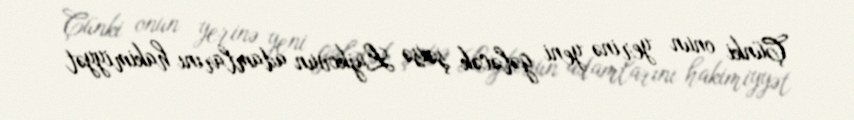
Çünki onun yerinə yeni gələcək şəxsə Lujkovun adamlarını hakimiyyət